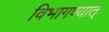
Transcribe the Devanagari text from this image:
विभागण्यात्